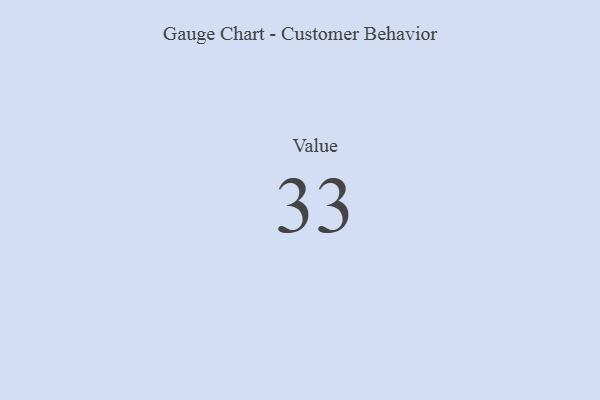
{"axis": {"x": "Metric", "y": "Value"}, "legend": [""], "data": [{"x": "Value", "y": 33, "type": ""}]}